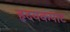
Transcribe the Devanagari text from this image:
हृदयकपाट